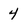
Character: 4